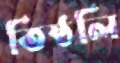
তিষ্ঠলি